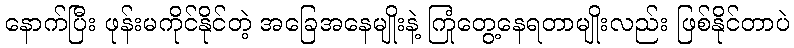
နောက်ပြီး ဖုန်းမကိုင်နိုင်တဲ့ အခြေအနေမျိုးနဲ့ ကြုံတွေ့နေရတာမျိုးလည်း ဖြစ်နိုင်တာပဲ